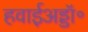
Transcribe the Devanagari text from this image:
हवाईअड्डॉ॰